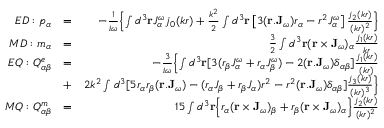
\begin{array} { r l r } { E D : p _ { \alpha } } & { = } & { - \frac { 1 } { i \omega } \Bigl \{ \int { d } ^ { 3 } \mathbf { r } { J } _ { \alpha } ^ { \omega } j _ { 0 } ( k r ) + \frac { k ^ { 2 } } { 2 } \int { d } ^ { 3 } \mathbf { r } \left[ 3 ( \mathbf { r } . \mathbf { J } _ { \omega } ) { r } _ { \alpha } - { r } ^ { 2 } { J } _ { \alpha } ^ { \omega } \right] \frac { j _ { 2 } ( k r ) } { ( k r ) ^ { 2 } } \Bigr \} } \\ { M D : m _ { \alpha } } & { = } & { \frac { 3 } { 2 } \int { d } ^ { 3 } \mathbf { r } ( \mathbf { r } \times \mathbf { J } _ { \omega } ) _ { \alpha } \frac { j _ { 1 } ( k r ) } { k r } } \\ { E Q : Q _ { \alpha \beta } ^ { e } } & { = } & { - \frac { 3 } { i \omega } \Bigl \{ \int { d } ^ { 3 } \mathbf { r } [ 3 ( r _ { \beta } { J } _ { \alpha } ^ { \omega } + r _ { \alpha } { J } _ { \beta } ^ { \omega } ) - 2 ( \mathbf { r } . \mathbf { J } _ { \omega } ) { \delta } _ { \alpha \beta } ] \frac { j _ { 1 } ( k r ) } { ( k r ) } } \\ & { + } & { 2 k ^ { 2 } \int { d } ^ { 3 } [ 5 r _ { \alpha } r _ { \beta } ( \mathbf { r } . \mathbf { J } _ { \omega } ) - ( r _ { \alpha } J _ { \beta } + r _ { \beta } J _ { \alpha } ) r ^ { 2 } - r ^ { 2 } ( \mathbf { r } . \mathbf { J } _ { \omega } ) { \delta } _ { \alpha \beta } ] \frac { j _ { 3 } ( k r ) } { ( k r ) ^ { 3 } } \Bigr \} } \\ { M Q : Q _ { \alpha \beta } ^ { m } } & { = } & { 1 5 \int { d } ^ { 3 } \mathbf { r } \Bigl \{ r _ { \alpha } ( \mathbf { r } \times \mathbf { J } _ { \omega } ) _ { \beta } + r _ { \beta } ( \mathbf { r } \times \mathbf { J } _ { \omega } ) _ { \alpha } \Bigr \} \frac { j _ { 2 } ( k r ) } { { ( k r ) ^ { 2 } } } } \end{array}